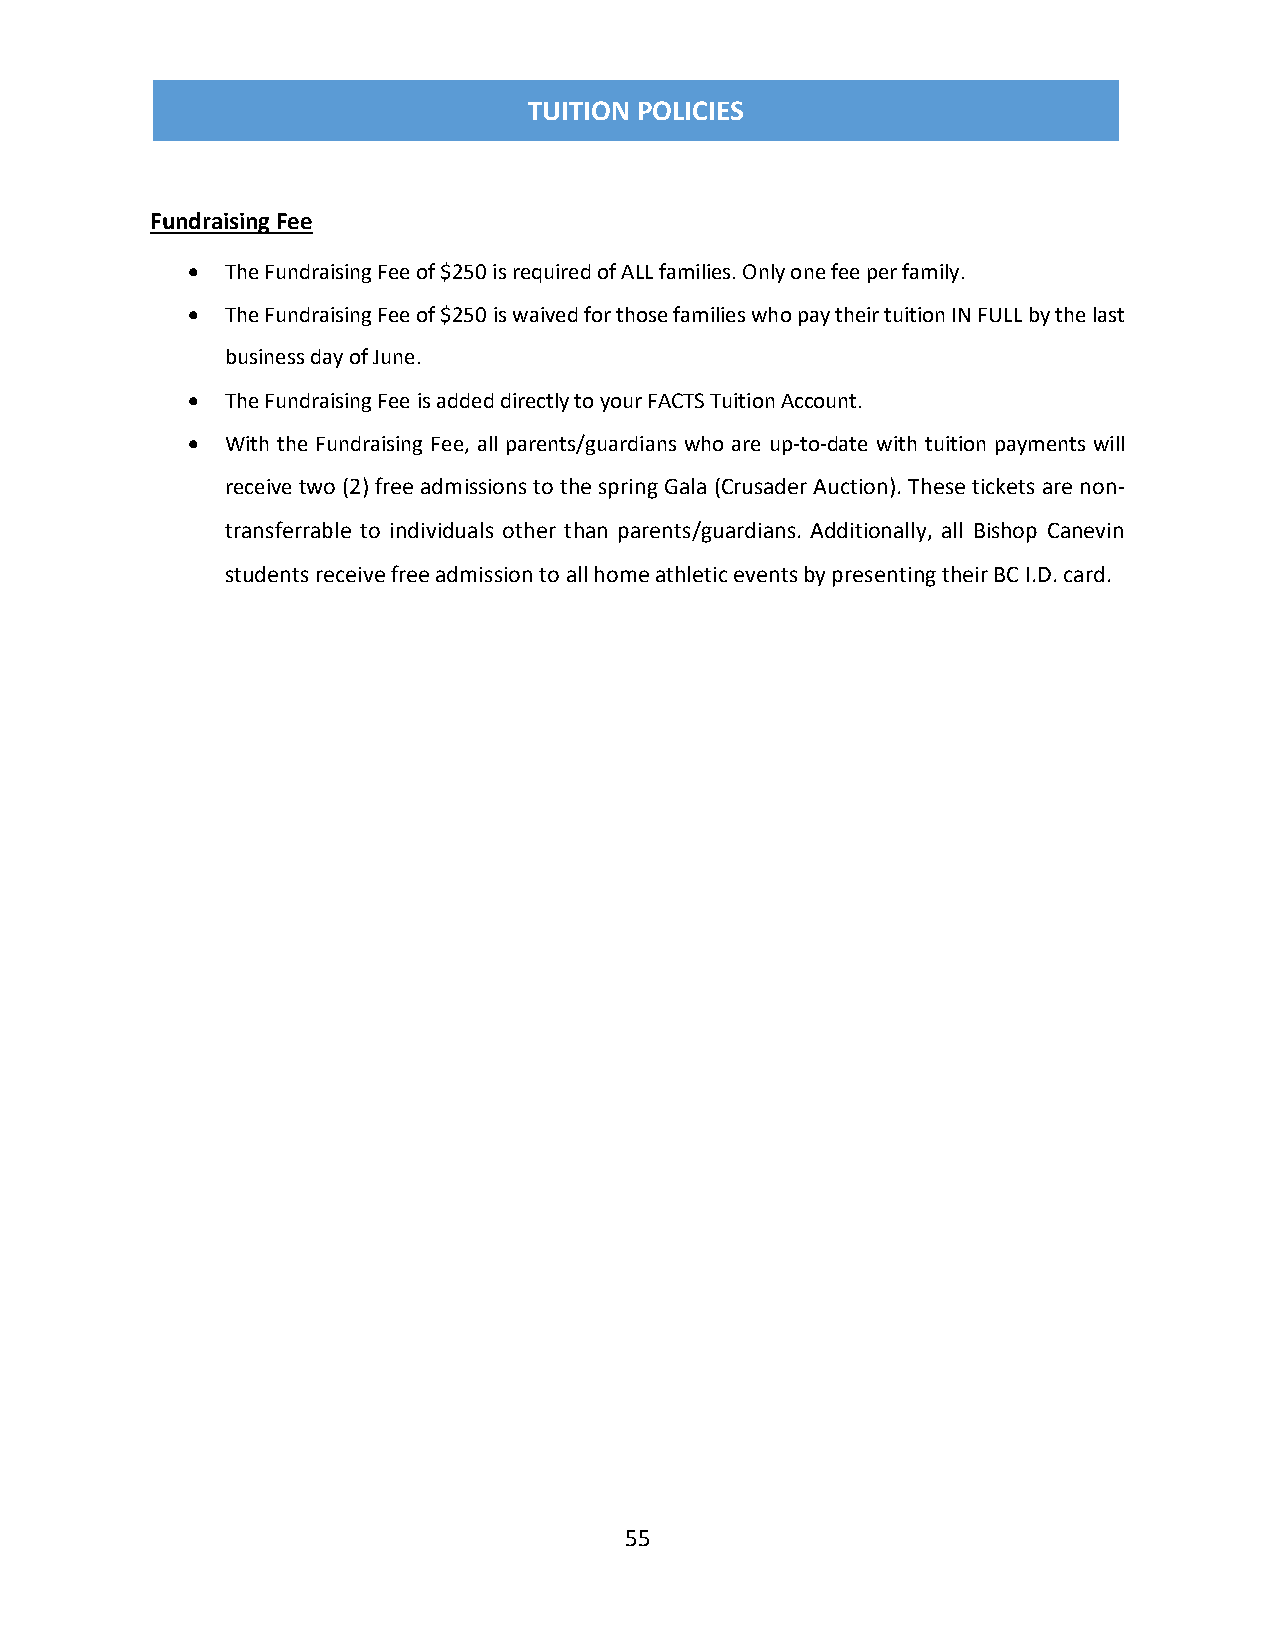
TUITION  POLICIES
 TUITION POLICIES
 Fundraising Fee
   The Fundraising Fee of $250 is required of ALL families. Only one fee per family.
   The Fundraising Fee of $250 is waived for those families who pay their tuition IN FULL by the last
 business day of June.
   The Fundraising Fee is added directly to your FACTS Tuition Account.
   With the Fundraising Fee, all parents/guardians who are up-to-date with tuition payments will
 receive two (2) free admissions to the spring Gala (Crusader Auction). These tickets are non-
 transferrable to individuals other than parents/guardians. Additionally, all Bishop Canevin
 students receive free admission to all home athletic events by presenting their BC I.D. card.
 55